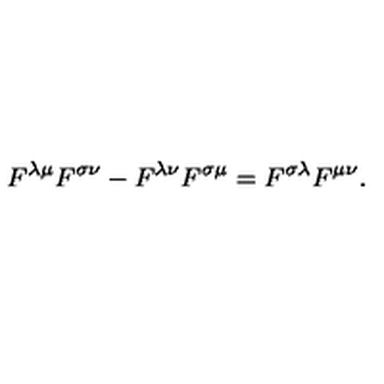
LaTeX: F ^ { \lambda \mu } F ^ { \sigma \nu } - F ^ { \lambda \nu } F ^ { \sigma \mu } = F ^ { \sigma \lambda } F ^ { \mu \nu } .